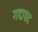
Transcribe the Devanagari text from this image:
गदापद